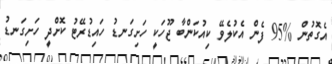
އެގޮތުން %95 ފެން އެކުލެވޭ ކިއުކަންބާ ޖޫހަކީ ހަށިގަނޑު ހައިޑުރޭޓު ކޮށްދީ ހަށިގަނޑު